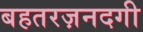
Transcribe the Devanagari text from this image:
बहतरज़नदगी